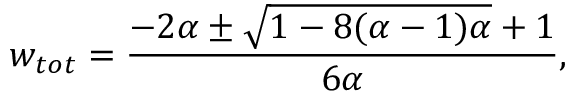
w _ { t o t } = \frac { - 2 \alpha \pm \sqrt { 1 - 8 ( \alpha - 1 ) \alpha } + 1 } { 6 \alpha } ,